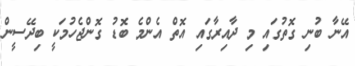
އޭނާ ބުނި ގޮތުގައި މި ދާއިރާގައި އޮތް އެންމެ ބޮޑު ގޮންޖެހުމަކީ ބިދޭސީން